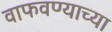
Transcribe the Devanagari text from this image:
वाफवण्याच्या